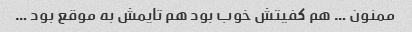
ممنون … هم کفیتش خوب بود هم تایمش به موقع بود …